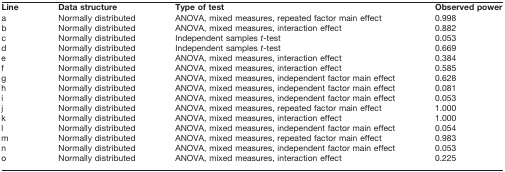
| Line | Data structure | Type of test | Observed power |
 | --- | --- | --- | --- |
 | a | Normally distributed | ANOVA, mixed measures, repeated factor main effect | 0.998 |
 | b | Normally distributed | ANOVA, mixed measures, interaction effect | 0.882 |
 | c | Normally distributed | Independent samples t-test | 0.053 |
 | d | Normally distributed | Independent samples t-test | 0.669 |
 | e | Normally distributed | ANOVA, mixed measures, interaction effect | 0.384 |
 | f | Normally distributed | ANOVA, mixed measures, interaction effect | 0.585 |
 | g | Normally distributed | ANOVA, mixed measures, independent factor main effect | 0.628 |
 | h | Normally distributed | ANOVA, mixed measures, independent factor main effect | 0.081 |
 | i | Normally distributed | ANOVA, mixed measures, independent factor main effect | 0.053 |
 | j | Normally distributed | ANOVA, mixed measures, repeated factor main effect | 1.000 |
 | k | Normally distributed | ANOVA, mixed measures, interaction effect | 1.000 |
 | l | Normally distributed | ANOVA, mixed measures, independent factor main effect | 0.054 |
 | m | Normally distributed | ANOVA, mixed measures, repeated factor main effect | 0.983 |
 | n | Normally distributed | ANOVA, mixed measures, independent factor main effect | 0.053 |
 | o | Normally distributed | ANOVA, mixed measures, interaction effect | 0.225 |